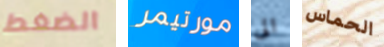
الضغط مورتيمر الى الحماس